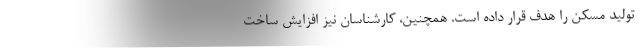
تولید مسکن را هدف قرار داده است. همچنین، کارشناسان نیز افزایش ساخت